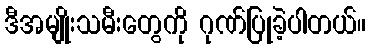
ဒီအမျိုးသမီးတွေကို ဂုဏ်ပြုခဲ့ပါတယ်။